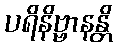
ပရိနိဗ္ဗာနန္တိ